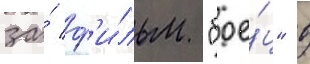
за́ ф'и́льм "бое́ц" в